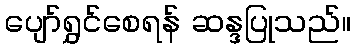
ပျော်ရွှင်စေရန် ဆန္ဒပြုသည်။